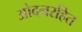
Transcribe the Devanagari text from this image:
ओदनरहित